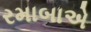
રમાબાએ